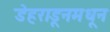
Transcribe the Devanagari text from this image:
डेहराडूनमधून